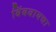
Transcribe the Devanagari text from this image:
बिंबवायचा